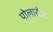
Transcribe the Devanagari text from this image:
पोलारोएड